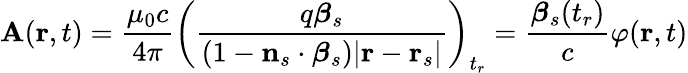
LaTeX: \mathbf{A}(\mathbf{r},t)={\frac{\mu_{0}c}{4\pi}}\left({\frac{q{\boldsymbol{\beta}}_{s}}{(1-\mathbf{n}_{s}\cdot{\boldsymbol{\beta}}_{s})|\mathbf{r}-\mathbf{r}_{s}|}}\right)_{t_{r}}={\frac{{\boldsymbol{\beta}}_{s}(t_{r})}{c}}\varphi(\mathbf{r},t)